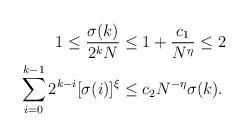
LaTeX: \begin{align*}1\le \frac{\sigma(k)}{2^kN}&\le 1+\frac{c_1}{N^{\eta}} \le 2\\\sum_{i=0}^{k-1}2^{k-i}[\sigma(i)]^{\xi} &\le c_2N^{-\eta}\sigma(k). \end{align*}